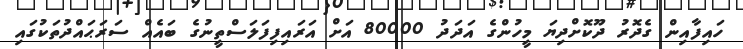
ހައިފާއިން ގެދޮރު ދޫކޮށްދިޔަ މީހުންގެ އަދަދު 80000 އަށް އަރައިފިފަލަސްތީނުގެ ބައެއް ސަރަޙައްދުތަކުގައި